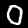
Label: 0